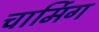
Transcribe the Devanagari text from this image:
चार्मिग